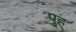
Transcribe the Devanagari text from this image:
पु्ह्